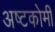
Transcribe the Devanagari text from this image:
अष्टकोमी